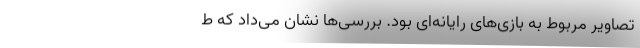
تصاویر مربوط به بازی‌های رایانه‌ای بود. بررسی‌ها نشان می‌داد که ط